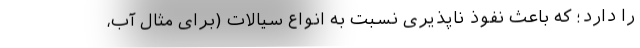
را دارد؛ که باعث نفوذ ناپذیری نسبت به انواع سیالات (برای مثال آب،